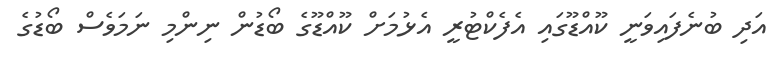
އަދި ބުނެފައިވަނީ ކޫއްޑޫގައި އެފެކްޓުރީ އެޅުމަށް ކޫއްޑޫގެ ބޯޑުން ނިންމި ނަމަވެސް ބޯޑުގެ